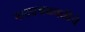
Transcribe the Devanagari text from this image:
नाट्यचळवळीचे